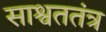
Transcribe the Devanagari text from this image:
साश्वततंत्र